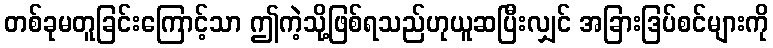
တစ်ခုမတူခြင်းကြောင့်သာ ဤကဲ့သို့ဖြစ်ရသည်ဟုယူဆပြီးလျှင် အခြားဒြပ်စင်များကို